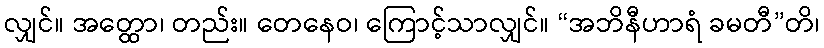
လျှင်။ အတ္ထော၊ တည်း။ တေနေဝ၊ ကြောင့်သာလျှင်။ “အဘိနီဟာရံ ခမတီ”တိ၊